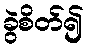
ခွဲစိတ်၍